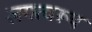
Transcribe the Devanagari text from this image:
लगत्वरूप